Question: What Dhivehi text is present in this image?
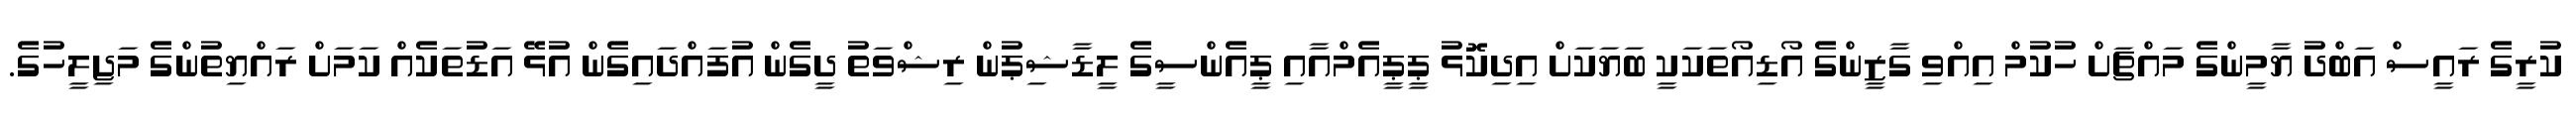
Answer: ކުރީގެ ރައީސް އަބްދު ޔާމީންގެ މައްޗަށް ހުކުމް އިއްވި ގާޒީންގެ އޯޑިއޯތަކަކީ ބަޔަކަށް އިދިކޮޅު ޕީޕީއެމްއާއި ޕީއެންސީގެ ލީޑާޝިޕުން ރިޝްވަތު ދީގެން އުފައްދައިގެން އުޅޭ އަޑުތަކެއް ކަމަށް ރައްޔިތުންގެ މަޖިލީހުގެ.